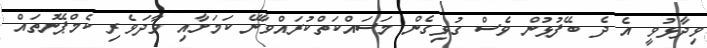
ވިދާޅުވީ އެ ދެ ބޭފުޅުން ވެސް ގުޅިގެން މަސައްކަތްކުރައްވާނޭ ކަމަށާއި ވާދަވެރި ކެމްޕޭނުތައް